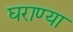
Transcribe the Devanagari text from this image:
घराण्या